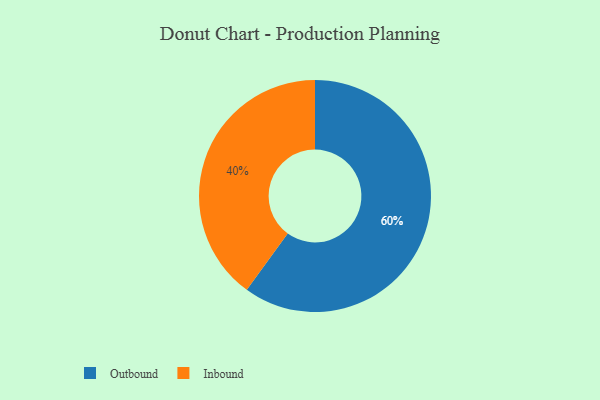
{"axis": {"x": "Category", "y": "Percentage"}, "legend": ["Inbound", "Outbound"], "data": [{"x": "Outbound", "y": 60, "type": "Outbound"}, {"x": "Inbound", "y": 40, "type": "Inbound"}]}